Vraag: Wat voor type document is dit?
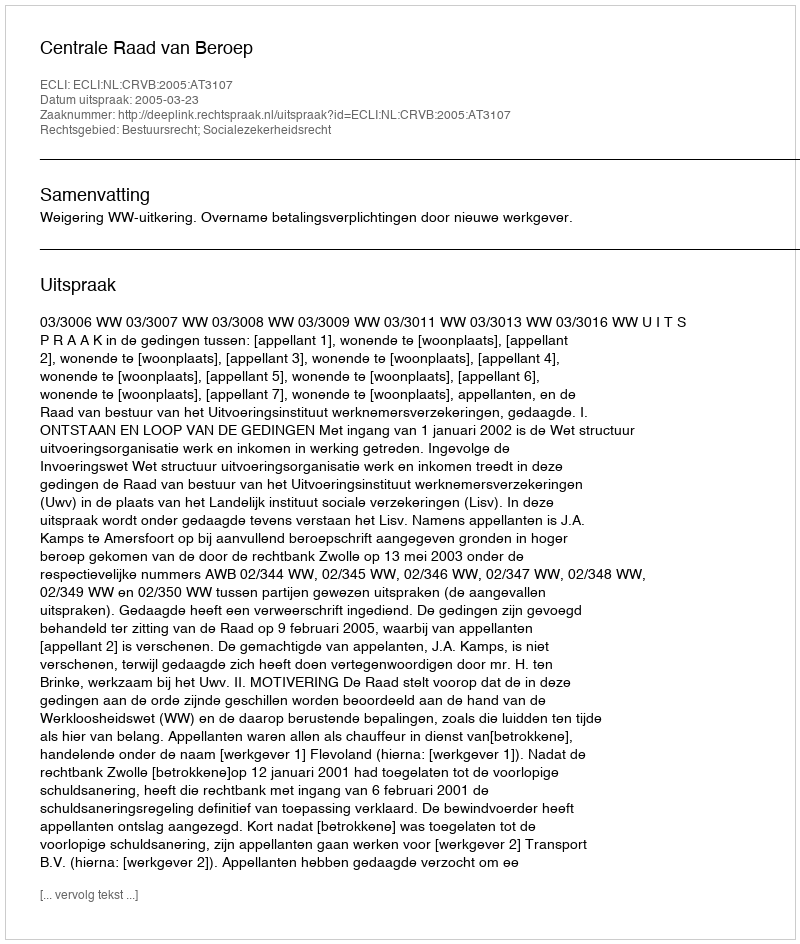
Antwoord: Uitspraak